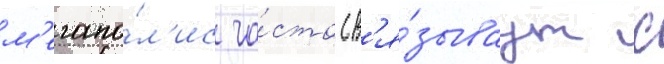
м'егапо́л'ис ча́сто св'я́зываут с